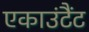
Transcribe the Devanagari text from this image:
एकाउंटैंट